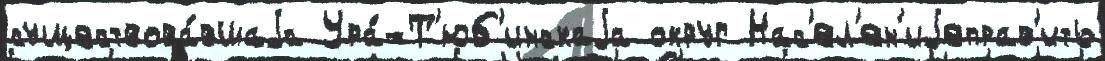
существова́вшаjа Ура́-Т'юб'инскаjа округ Нас'ел'ен'иjеправ'ить